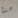
هذا